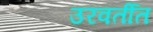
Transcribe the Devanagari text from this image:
उरवर्तीत